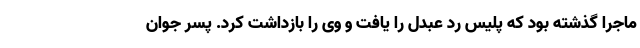
ماجرا گذشته بود که پلیس رد عبدل را یافت و وی را بازداشت کرد. پسر جوان